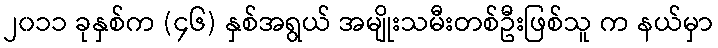
၂၀၁၁ ခုနှစ်က (၄၆) နှစ်အရွယ် အမျိုးသမီးတစ်ဦးဖြစ်သူ က နယ်မှာ